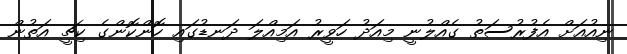
ނިއުއަށް އެފުރުސަތު ގެއްލުނީ މިއަދު ހަވީރު އަމިއްލަ ދަނޑުގައި ހޮންކޮންގެ ކިޗީ އަތުން